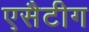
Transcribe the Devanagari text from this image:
एसैटीग